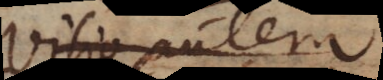
Visio autem